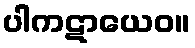
ပါကဋာယေဝ။